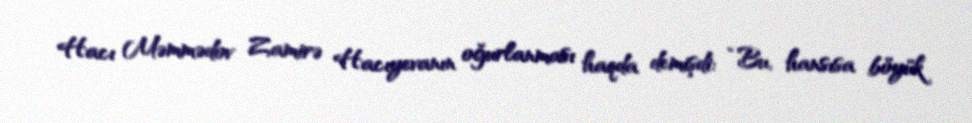
Hacı Məmmədov Zamirə Hacıyevanın oğurlanması haqda demişdi: “Bu, hansısa böyük